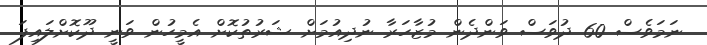
ނަމަވެސް 60 ދުވަސް ވަންދެން މުޒާހަރާ ނުދިއުމަށް ޝަރުތުކޮށް އެމީހުން ވަނީ ދޫކޮށްލައިފަ